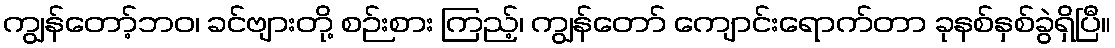
ကျွန်တော့်ဘဝ၊ ခင်ဗျားတို့ စဉ်းစား ကြည့်၊ ကျွန်တော် ကျောင်းရောက်တာ ခုနစ်နှစ်ခွဲရှိပြီ။